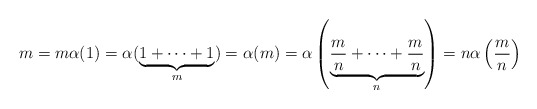
\begin{align*}m = m\alpha(1) = \alpha(\underbrace{1 + \cdots + 1 }_{m }) = \alpha(m) = \alpha \left( \underbrace{\frac{m}{n} + \cdots + \frac{m}{n} }_{n } \right) = n \alpha \left( \frac{m}{n} \right)\end{align*}